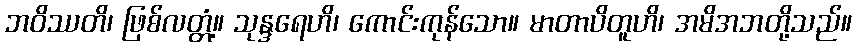
ဘဝိဿတိ၊ ဖြစ်လတ္တံ့။ သုန္ဒရေဟိ၊ ကောင်းကုန်သော။ မာတာပိတူဟိ၊ အမိအဘတို့သည်။